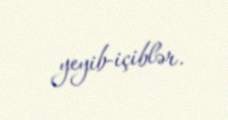
yeyib-içiblər.